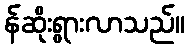
န်ဆိုးရွားလာသည်။